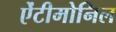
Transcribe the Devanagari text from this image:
ऐंटीमोनिल